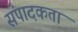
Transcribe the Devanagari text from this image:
संपादकता